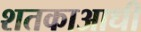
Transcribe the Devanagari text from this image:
शतकाआधी